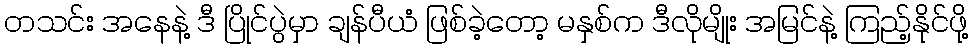
တသင်း အနေနဲ့ ဒီ ပြိုင်ပွဲမှာ ချန်ပီယံ ဖြစ်ခဲ့တော့ မနှစ်က ဒီလိုမျိုး အမြင်နဲ့ ကြည့်နိုင်ဖို့